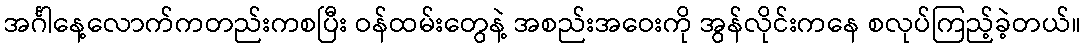
အင်္ဂါနေ့လောက်ကတည်းကစပြီး ဝန်ထမ်းတွေနဲ့ အစည်းအဝေးကို အွန်လိုင်းကနေ စလုပ်ကြည့်ခဲ့တယ်။